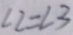
\angle 2 = \angle 3